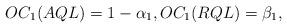
LaTeX: \begin{align*} OC_1( AQL ) = 1-\alpha_1, OC_1( RQL ) = \beta_1, \end{align*}